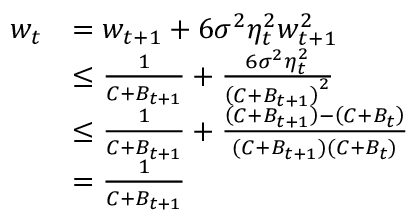
\begin{array} { r l } { w _ { t } } & { = w _ { t + 1 } + 6 \sigma ^ { 2 } \eta _ { t } ^ { 2 } w _ { t + 1 } ^ { 2 } } \\ & { \leq \frac { 1 } { C + B _ { t + 1 } } + \frac { 6 \sigma ^ { 2 } \eta _ { t } ^ { 2 } } { \left( C + B _ { t + 1 } \right) ^ { 2 } } } \\ & { \le \frac { 1 } { C + B _ { t + 1 } } + \frac { \left( C + B _ { t + 1 } \right) - \left( C + B _ { t } \right) } { \left( C + B _ { t + 1 } \right) \left( C + B _ { t } \right) } } \\ & { = \frac { 1 } { C + B _ { t + 1 } } } \end{array}